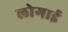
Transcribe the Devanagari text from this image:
लोगाई